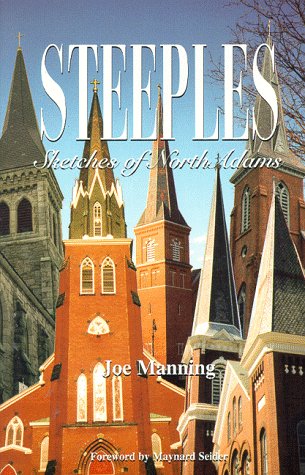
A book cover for Steeples: Sketches of North Adams; Joe Manning; Travel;